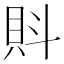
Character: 𧴼